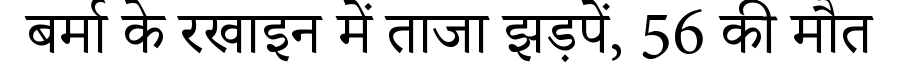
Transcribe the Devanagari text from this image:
बर्मा के रखाइन में ताजा झड़पें, 56 की मौत